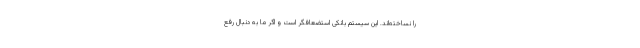
را نساخته‌اند. این سیستم بانکی استضعافگر است و اگر ما به دنبال رفع